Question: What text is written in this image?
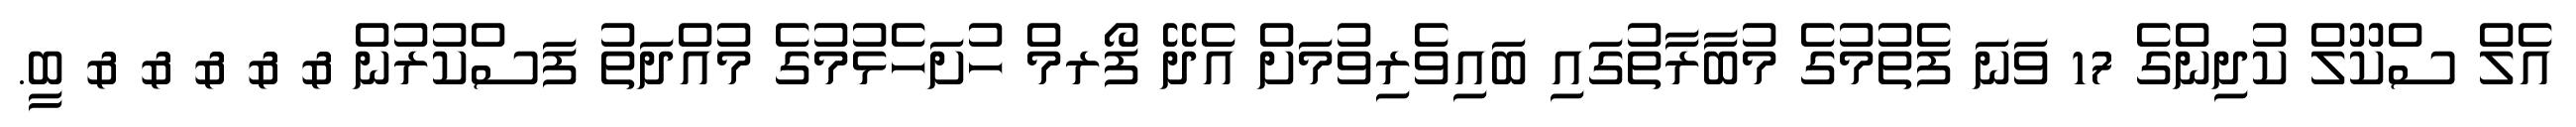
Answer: އެލް ސްކޫލް ކުދިންގެ 17 ވަނަ ފެތުމުގެ މުބާރާތުގައި ބައިވެރިވުމަށް އެދޭ ފޯރމް ހުށަހެޅުމުގެ މުއްދަތު ފަސްކުރުން & & & & & ބީ.